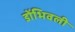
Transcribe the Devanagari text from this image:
डोंभिवली